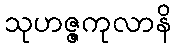
သုဟဇ္ဇကုလာနိ